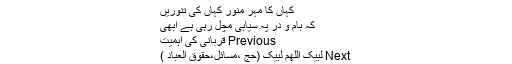
کہاں کا مہرِ منور کہاں کی تنوریں
کہ بام و در پہ سیاہی مچل رہی ہے ابھی
Previous قربانی کی اہمیت
Next لبیک الٰلھم لبیک (حج ،مسائل،حقوق العباد )